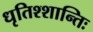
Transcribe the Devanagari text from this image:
धृतिश्शान्तिः